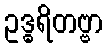
ဥဒ္ဓရိတဗ္ဗာ